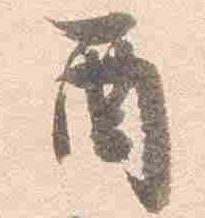
酉